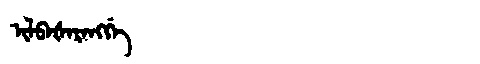
Manchu: ᡳᠯᠪᠠᡧᠠᡵᠠᠩᡤᡝ
Romanization: ILBAŠARANGGE